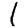
Digit: 1